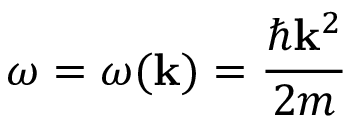
\omega = \omega ( \mathbf { k } ) = { \frac { \hbar \mathbf { k } ^ { 2 } } { 2 m } }